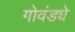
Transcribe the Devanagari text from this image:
गोवंड्ये